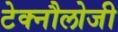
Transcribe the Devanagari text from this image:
टेक्नौलोजी